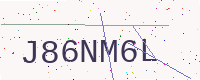
Text: J86NM6L